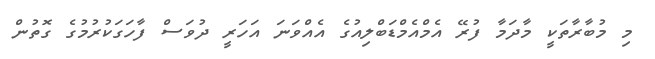
މި މުބާރާތަކީ މާދަމާ ފުރޭ އެމްއެމްޑަބްލިއުގެ އެއްވަނަ އަހަރީ ދުވަސް ފާހަގަކުރުމުގެ ގޮތުން